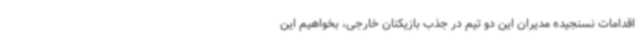
اقدامات نسنجیده مدیران این دو تیم در جذب بازیکنان خارجی، بخواهیم این